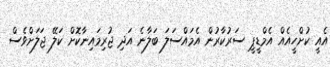
އެއީ ކުށްހީއެއް އެމްޑީޕީ ސަރުކާރުން އެމައްސަލަ ބަލާނެ އަދި ޖުރިމައިނާކޮށް ކަލޭ ޖަލަށްވެސް